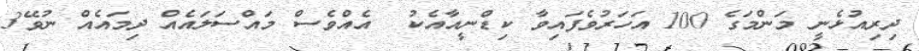
ދިރިއުޅެނީ މަންމަގެ 100 އަހަރުވެފައިވާ ކިޑްނީއާއެކު  އެއްވެސް މައްސަލައެއް ދިމައެއް ނުވޭ3